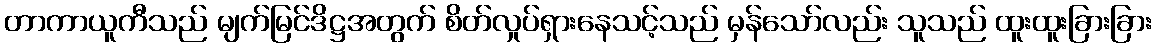
တာကာယူကီသည် မျက်မြင်ဒိဋ္ဌအတွက် စိတ်လှုပ်ရှားနေသင့်သည် မှန်သော်လည်း သူသည် ထူးထူးခြားခြား